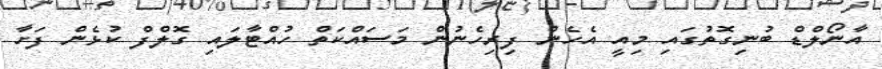
އާނޯލްޑް ބުނިގޮތުގައި މިއީ އެހެން ފިރިހެނުން މަސައްކަތް ހުއްޓާލައި ގޮލްފް ކުޅެން ފަށާ